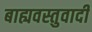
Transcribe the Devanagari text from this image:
बाह्यवस्तुवादी